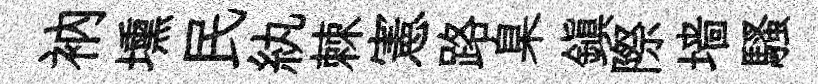
衲壎民紈棘憲路臬鎮際墙騷